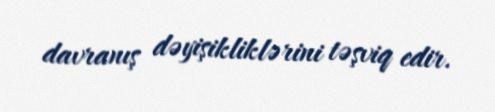
davranış dəyişikliklərini təşviq edir.